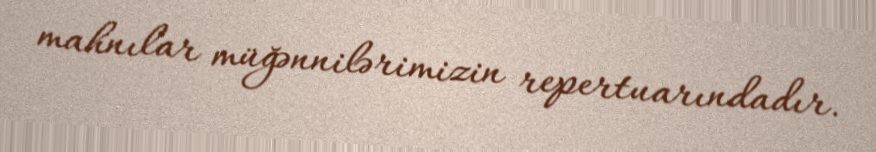
mahnılar müğənnilərimizin repertuarındadır.